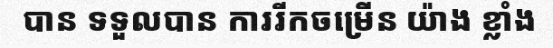
បាន ទទួលបាន ការរីកចម្រើន យ៉ាង ខ្លាំង